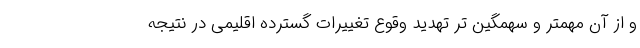
و از آن مهمتر و سهمگین تر تهدید وقوع تغییرات گسترده اقلیمی در نتیجه